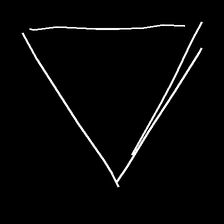
Glyph: convergence